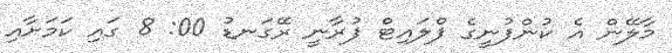
މާލޭން އެ ކުންފުނީގެ ފްލައިޓް ފުރާނީ ރޭގަނޑު 00: 8 ގައި ކަމަށާއި